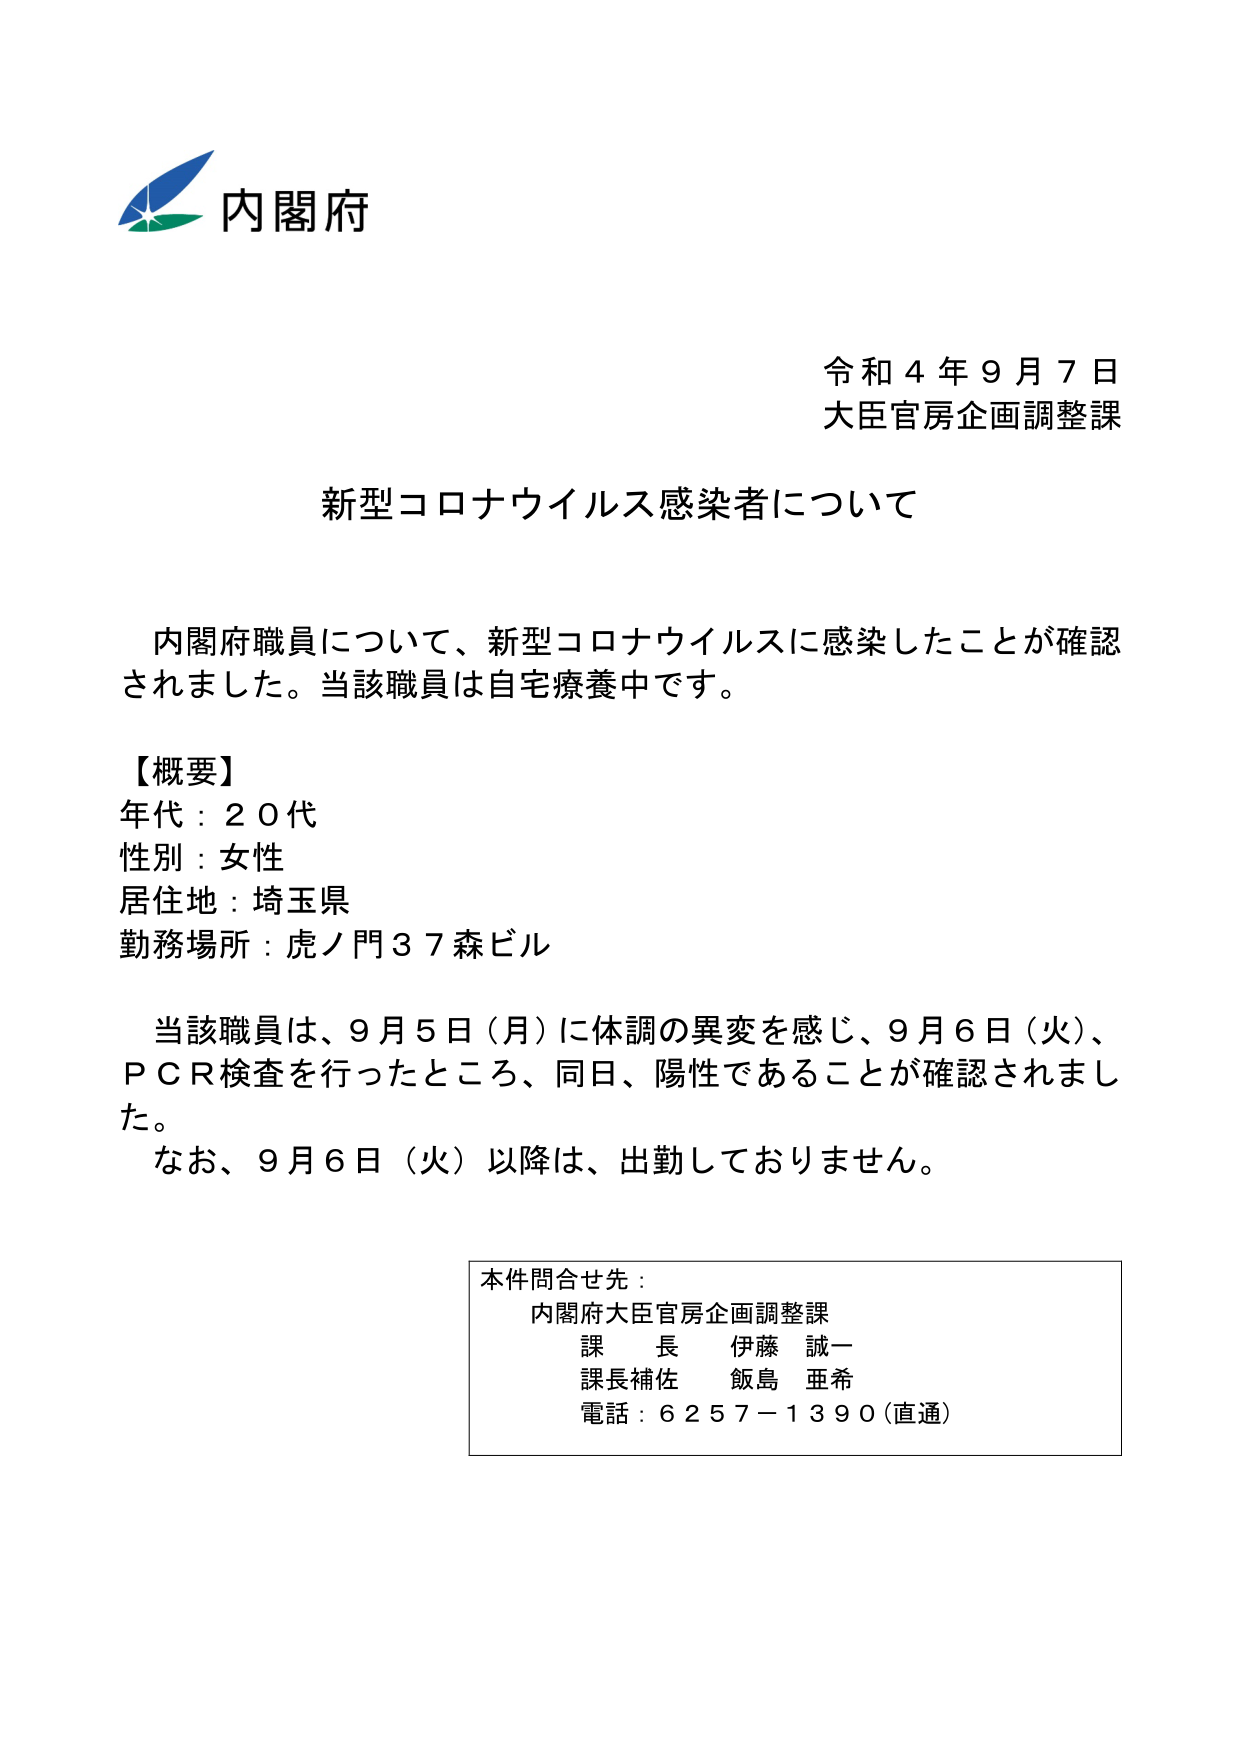
内閣府
令和４年９月７日
大臣官房企画調整課

新型コロナウイルス感染者について

内閣府職員について、新型コロナウイルスに感染したことが確認されました。当該職員は自宅療養中です。

【概要】
年代：２０代
性別：女性
居住地：埼玉県
勤務場所：虎ノ門３７森ビル

当該職員は、９月５日（月）に体調の異変を感じ、９月６日（火）、ＰＣＲ検査を行ったところ、同日、陽性であることが確認されました。
なお、９月６日（火）以降は、出勤しておりません。

本件問合せ先：
内閣府大臣官房企画調整課
課長 伊藤 誠一
課長補佐 飯島 亜希
電話：６２５７－１３９０（直通）